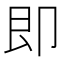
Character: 即